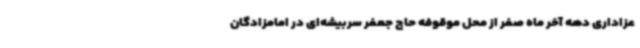
عزاداری دهه آخر ماه صفر از محل موقوفه حاج جعفر سربیشه‌ای در امامزادگان